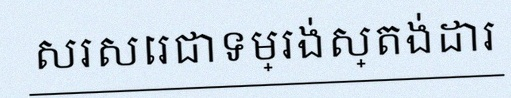
សរសេរជាទម្រង់ស្តង់ដារ